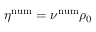
\eta ^ { \mathrm { n u m } } = \nu ^ { \mathrm { n u m } } \rho _ { 0 }